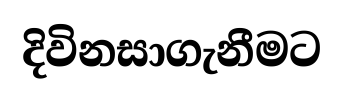
දිවිනසාගැනීමට